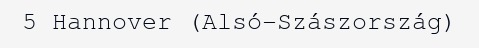
5 Hannover (Alsó-Szászország)